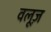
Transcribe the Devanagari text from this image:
वलूज़